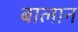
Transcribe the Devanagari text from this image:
बालान